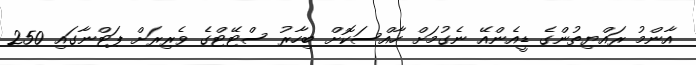
އާންމު ރައްޔިތުންގެ ޑީއެންއޭ ނެގުމަށް ހާއްސަކޮށް ބިހާރު ސްޓޭޓްގެ ވެރިރަށް ޕަޓްނާގައި 250